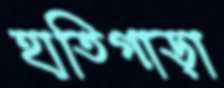
হাতিগাড়া